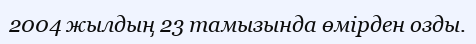
2004 жылдың 23 тамызында өмірден озды.